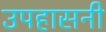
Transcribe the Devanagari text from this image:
उपहासनी